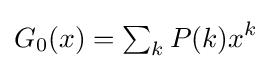
G_{0}(x)=\textstyle \sum _{k}\displaystyle P(k)x^{k}